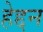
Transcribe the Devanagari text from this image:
हेद्दन